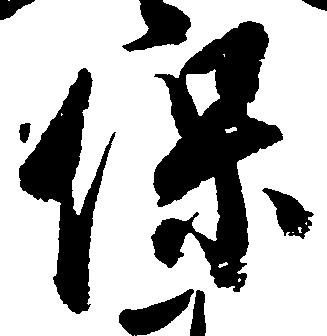
保